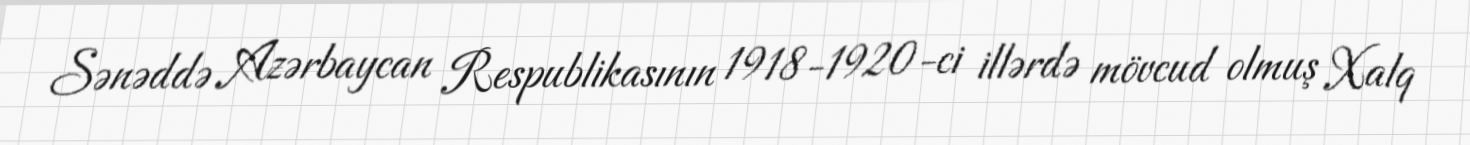
Sənəddə Azərbaycan Respublikasının 1918-1920-ci illərdə mövcud olmuş Xalq